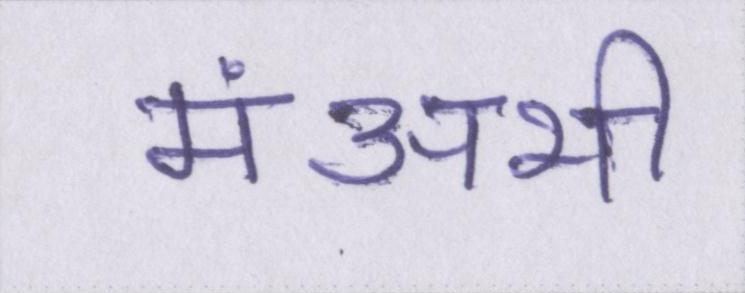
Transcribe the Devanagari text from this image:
मंअभी